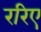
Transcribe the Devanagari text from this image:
ररिए